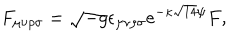
{ F _ { \mu \nu \rho \sigma } = \sqrt { - g } \epsilon _ { \mu \nu \rho \sigma } e ^ { - \kappa \sqrt { 1 4 } \psi } F , }